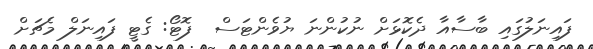
ފައިނަލުގައި ބާސާއާ ދެކޮޅަށް ނުކުންނަ ޔުވެންޓަސް  ފޮޓޯ: ގެޓީ ފައިނަލް މެޗަށް